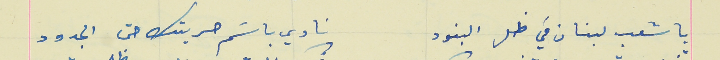
يا شعب لبنان في ظل البنود                                نادي باسَم حريتك حتى الجدود